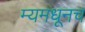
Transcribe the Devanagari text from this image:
म्यमधूनच